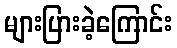
များပြားခဲ့ကြောင်း